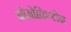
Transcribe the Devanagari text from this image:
ब्रोमोक्रिप्टीन